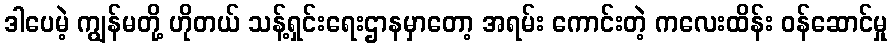
ဒါပေမဲ့ ကျွန်မတို့ ဟိုတယ် သန့်ရှင်းရေးဌာနမှာတော့ အရမ်း ကောင်းတဲ့ ကလေးထိန်း ဝန်ဆောင်မှု